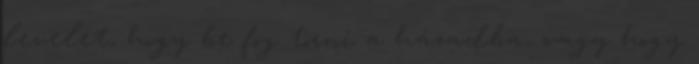
levelet, hogy be fog törni a házadba, vagy hogy